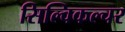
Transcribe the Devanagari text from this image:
सिल्विकल्चर